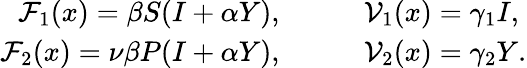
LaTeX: \begin{array}{rl}{\mathcal{F}_{1}(x)=\beta S(I+\alpha Y),}&{{}\qquad\mathcal{V}_{1}(x)=\gamma_{1}I,}\\ {\mathcal{F}_{2}(x)=\nu\beta P(I+\alpha Y),}&{{}\qquad\mathcal{V}_{2}(x)=\gamma_{2}Y.}\end{array}